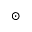
_ \odot